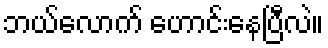
ဘယ်လောက် ဟောင်းနေပြီလဲ။